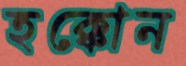
হক্কোন